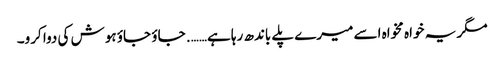
مگر یہ خواہ مخواہ اسے میرے پلے باندھ رہا ہے……. جاؤ جاؤ ہوش کی دوا کرو۔